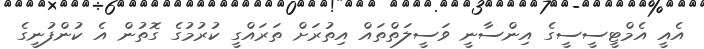
އެއީ އެމްޓީސީސީގެ އިންސާނީ ވަސީލަތްތައް އިތުރަށް ތަރައްގީ ކުރުމުގެ ގޮތުން އެ ކުންފުނީގެ